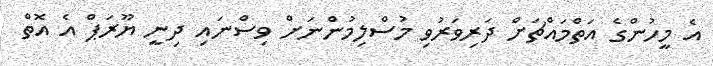
އެ މީހުންގެ އަތްމައްޗަށް ދަރިވަރުވި މުސްލިމުންނަށް ވިސްނައި ދިނީ ޔޫރަޕް އެ އޮތް